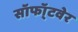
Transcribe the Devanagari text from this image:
सॉफॉ्टवेर